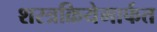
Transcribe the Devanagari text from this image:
शस्त्रक्रियेमार्फत